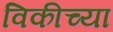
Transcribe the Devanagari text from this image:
विकीच्या